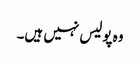
وہ پولیس نہیں ہیں۔